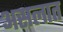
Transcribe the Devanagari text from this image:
असलात